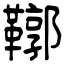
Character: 鞹